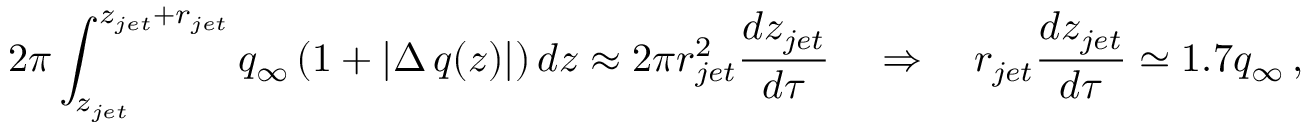
2 \pi \int _ { z _ { j e t } } ^ { z _ { j e t } + r _ { j e t } } q _ { \infty } \left( 1 + | \Delta \, q ( z ) | \right) d z \approx 2 \pi r _ { j e t } ^ { 2 } \frac { d z _ { j e t } } { d \tau } \quad \Rightarrow \quad r _ { j e t } \frac { d z _ { j e t } } { d \tau } \simeq 1 . 7 q _ { \infty } \, ,